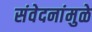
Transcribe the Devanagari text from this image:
संवेदनांमुळे